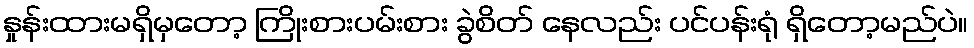
နှုန်းထားမရှိမှတော့ ကြိုးစားပမ်းစား ခွဲစိတ် နေလည်း ပင်ပန်းရုံ ရှိတော့မည်ပဲ။